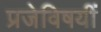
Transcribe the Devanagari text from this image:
प्रजेविषयीं